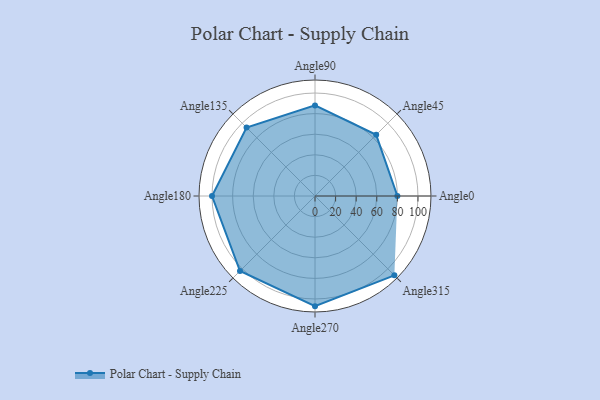
{"axis": {"x": "Angle", "y": "Radius"}, "legend": [""], "data": [{"x": "Angle0", "y": 80.0, "type": ""}, {"x": "Angle45", "y": 84.0, "type": ""}, {"x": "Angle90", "y": 88.0, "type": ""}, {"x": "Angle135", "y": 94.0, "type": ""}, {"x": "Angle180", "y": 100.0, "type": ""}, {"x": "Angle225", "y": 103.0, "type": ""}, {"x": "Angle270", "y": 107.0, "type": ""}, {"x": "Angle315", "y": 109.0, "type": ""}]}